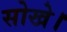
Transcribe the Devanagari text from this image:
सोखे।